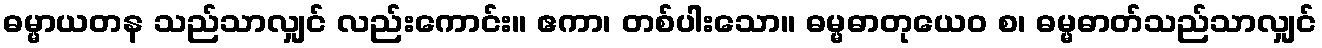
ဓမ္မာယတန သည်သာလျှင် လည်းကောင်း။ ဧကာ၊ တစ်ပါးသော။ ဓမ္မဓာတုယေဝ စ၊ ဓမ္မဓာတ်သည်သာလျှင်